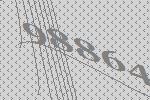
98864